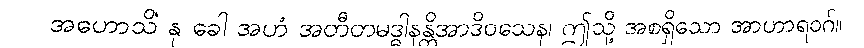
အဟောသိံ နု ခေါ အဟံ အတီတမဒ္ဓါနန္တိအာဒိဝသေန၊ ဤသို့ အစရှိသော အာဟာရဝဂ်။